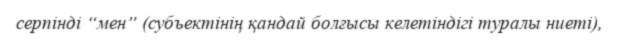
серпінді “мен” (субъектінің қандай болғысы келетіндігі туралы ниеті),